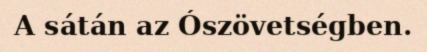
A sátán az Ószövetségben.